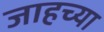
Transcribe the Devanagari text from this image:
जाहच्या